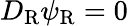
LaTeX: D_{\mathrm{{R}}}\psi_{\mathrm{{R}}}=0